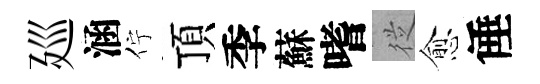
廵涵佇頂季蘇嗜従愈倕